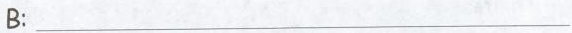
B:___